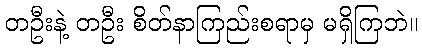
တဦးနဲ့ တဦး စိတ်နာကြည်းစရာမှ မရှိကြဘဲ။